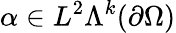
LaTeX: \alpha\in L^{2}\Lambda^{k}(\partial\Omega)